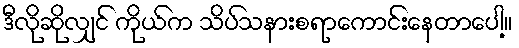
ဒီလိုဆိုလျှင် ကိုယ်က သိပ်သနားစရာကောင်းနေတာပေါ့။